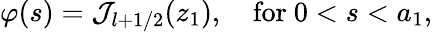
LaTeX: \varphi(s)={\cal J}_{l+1/2}(z_{1}),\quad\mathrm{for}\ 0<s<a_{1},